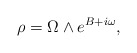
\begin{align*}\rho = \Omega \wedge e^{B+i\omega},\end{align*}